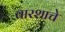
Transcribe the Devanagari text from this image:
वारशाचे